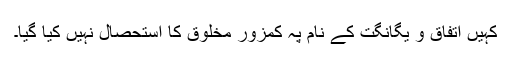
کہیں اتفاق و یگانگت کے نام پہ کمزور مخلوق کا استحصال نہیں کیا گیا۔